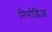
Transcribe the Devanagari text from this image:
मिसोग्लिआ